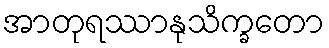
အာတုရဿာနုသိက္ခတော